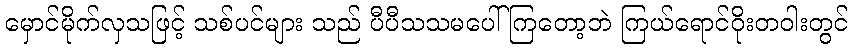
မှောင်မိုက်လှသဖြင့် သစ်ပင်များ သည် ပီပီသသမပေါ်ကြတော့ဘဲ ကြယ်ရောင်ဝိုးတဝါးတွင်